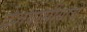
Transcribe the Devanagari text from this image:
देशवासीयांचे